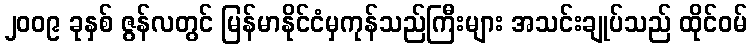
၂၀၀၉ ခုနှစ် ဇွန်လတွင် မြန်မာနိုင်ငံမှကုန်သည်ကြီးများ အသင်းချုပ်သည် ထိုင်ဝမ်